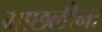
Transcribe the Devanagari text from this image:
माछलीना